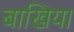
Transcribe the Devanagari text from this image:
बाखिया